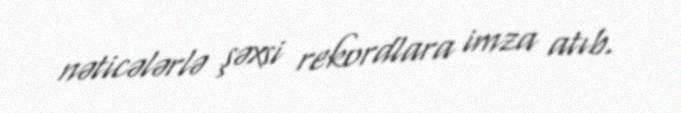
nəticələrlə şəxsi rekordlara imza atıb.